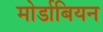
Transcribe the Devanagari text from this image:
मोर्डाबियन